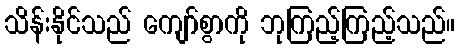
သိန်းနိုင်သည် ကျော်စွာကို ဘုကြည့်ကြည့်သည်။